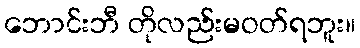
ဘောင်းဘီ တိုလည်းမဝတ်ရဘူး။